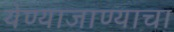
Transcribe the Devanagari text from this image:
येण्याजाण्याचा